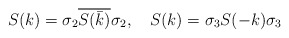
\begin{align*}&S(k) =\sigma_2 \overline{S( \bar {k} )} \sigma_2,\ \ \ S(k) =\sigma_3 S(-k) \sigma_3 \end{align*}